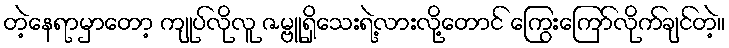
တဲ့နေရာမှာတော့ ကျုပ်လိုလူ ဇမ္ဗူရှိသေးရဲ့လားလို့တောင် ကြွေးကြော်လိုက်ချင်တဲ့။